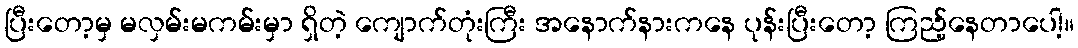
ပြီးတော့မှ မလှမ်းမကမ်းမှာ ရှိတဲ့ ကျောက်တုံးကြီး အနောက်နားကနေ ပုန်းပြီးတော့ ကြည့်နေတာပေါ့။